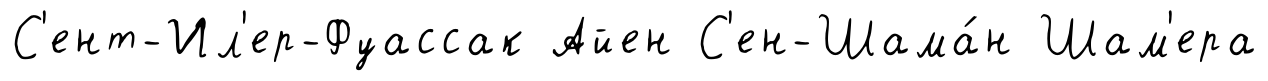
С'ент-Ил'ер-Фуассак Айен С'ен-Шама́н Шам'ера